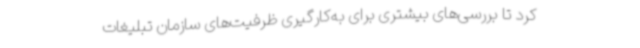
کرد تا بررسی‌های بیشتری برای به‌کارگیری ظرفیت‌های سازمان تبلیغات